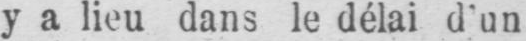
y a lieu dans le délai d’un